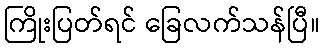
ကြိုးပြတ်ရင် ခြေလက်သန်ပြီ။